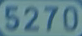
5270